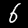
Digit: 6